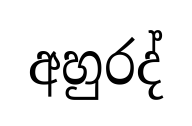
අහුරද්